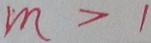
m > 1